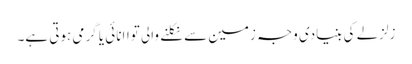
زلزلے کی بنیادی وجہ زمین سے نکلنے والی تواانائی یا گرمی ہوتی ہے۔